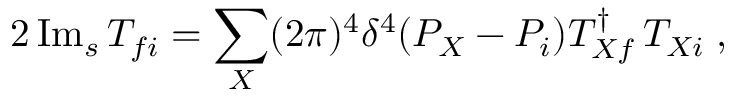
2 \, \mathrm { I m } _ { s } \, T _ { f i } = \sum _ { X } ( 2 \pi ) ^ { 4 } \delta ^ { 4 } ( P _ { X } - P _ { i } ) T _ { X f } ^ { \dagger } \, T _ { X i } \; ,